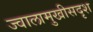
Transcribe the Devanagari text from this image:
ज्वालामुखीसदृश